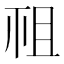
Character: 𥘲